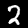
Digit: 2